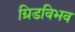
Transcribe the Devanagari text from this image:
ग्रिडविभव